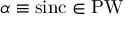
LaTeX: \alpha \equiv \operatorname { s i n c } \in \operatorname { P W }